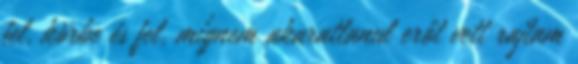
fel, körbe és fel, mígnem akaratlanul erőt vett rajtam